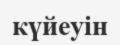
күйеуін